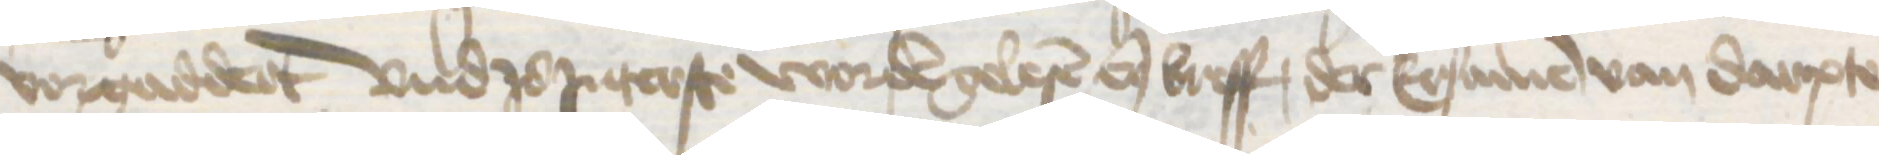
vorgaddert und zo Jnterste worden gelesen enen breff, der Ersamen van Darpte